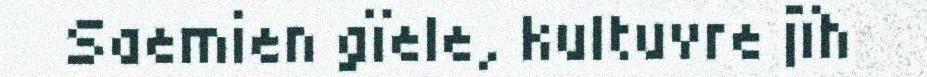
Saemien gïele, kultuvre jïh